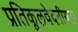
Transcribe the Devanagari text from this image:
प्रतिकूलवेदनीयता